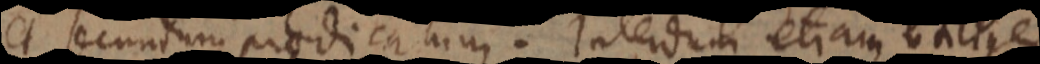
et secundum praedicatum. Interdum etiam utilius